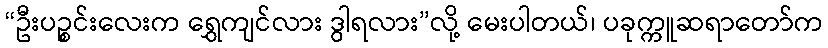
“ဦးပဉ္စင်းလေးက ရွှေကျင်လား ဒွါရလား”လို့ မေးပါတယ်၊ ပခုက္ကူဆရာတော်က